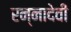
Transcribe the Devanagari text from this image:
रन्‍नादेवी